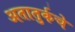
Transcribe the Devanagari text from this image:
अतातुर्कचे